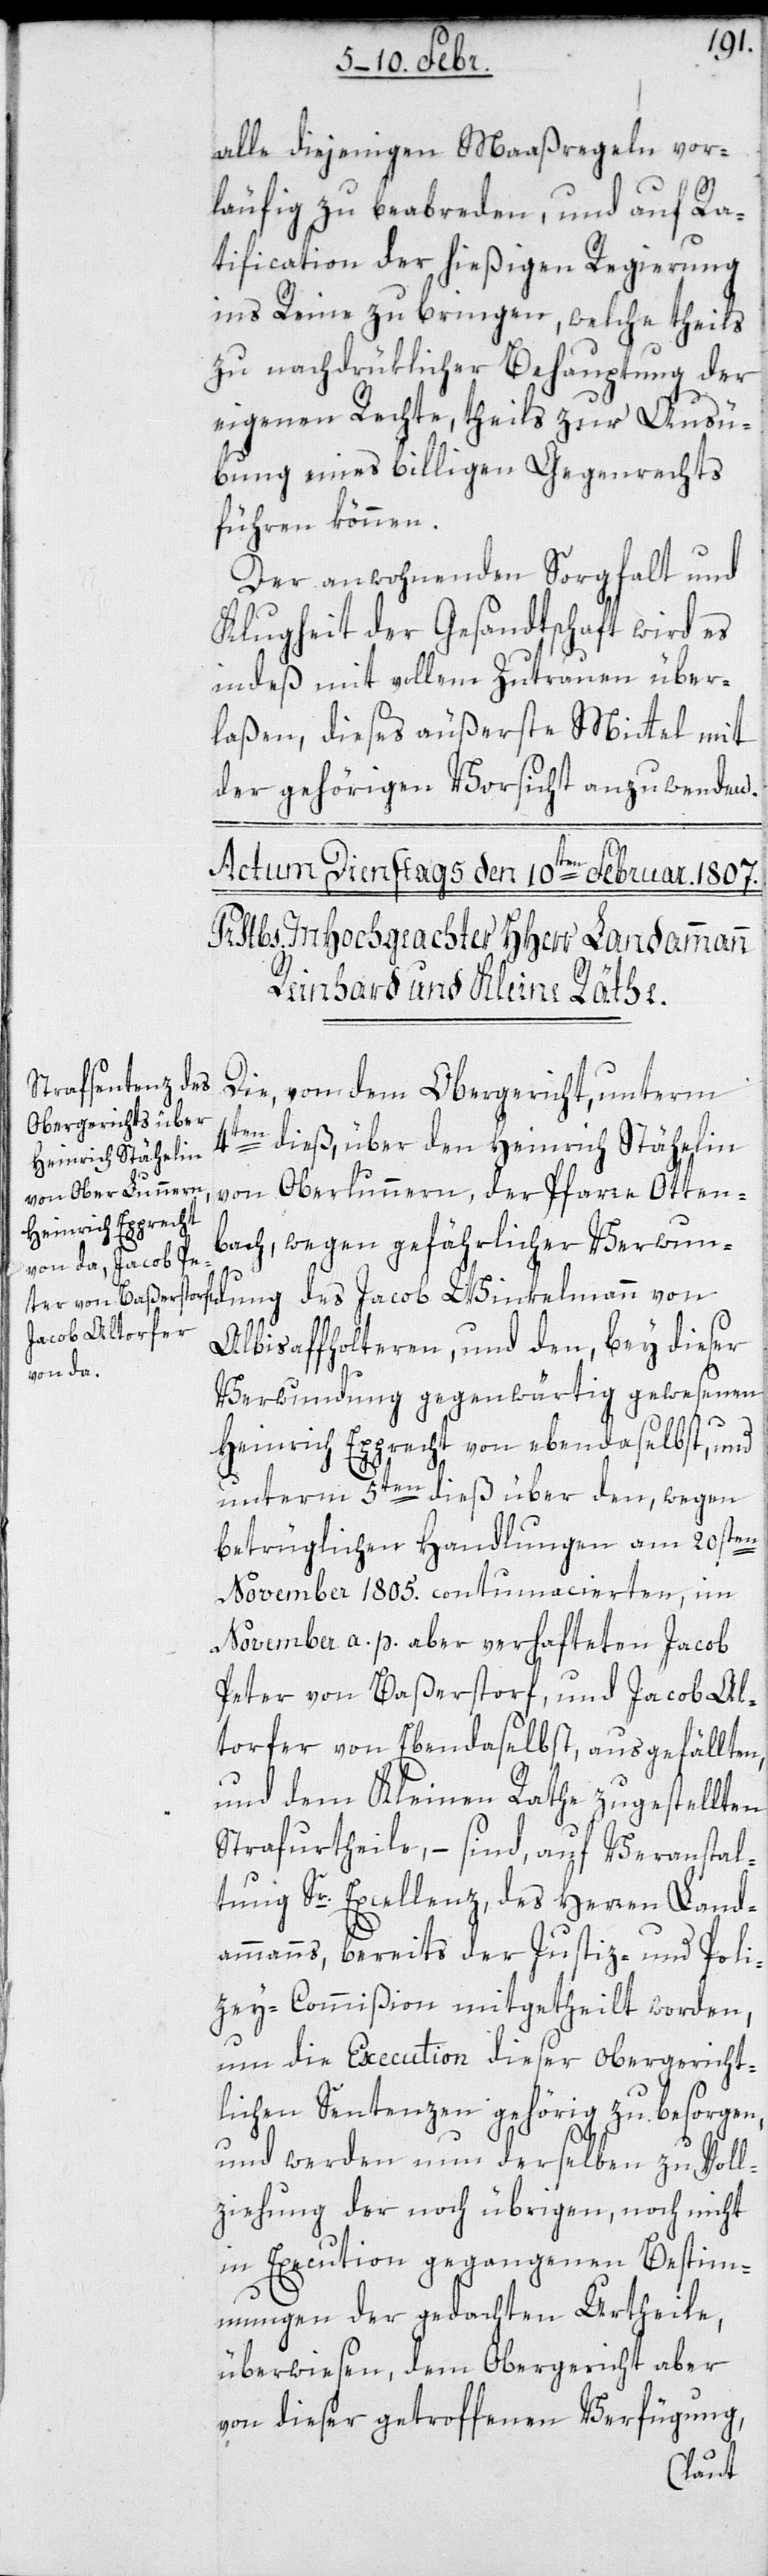
alle diejenigen Maaßregeln vor¬
läufig zu beabreden, und auf Ra¬
tification der hießigen Regierung
ins Reine zu bringen, welche theils
zu nachdrüklicher Behauptung der
eigenen Rechte, theils zur Ausü¬
bung eines billigen Gegenrechts
führen können.
Der anwohnenden Sorgfalt und
Klugheit der Gesandtschaft wird es
indes mit vollem Zutrauen über¬
laßen, dieses äußerste Mittel mit
der gehörigen Vorsicht anzuwenden.
Die von dem Obergericht unterm
4ten dieß, über den Heinrich Stähelin
von Oberlunnern, der Pfarre Otten¬
bach, wegen gefährlicher Verwun¬
dung des Jacob Winnkelmann von
Albisaffholteren, und den, bey dieser
Verwundung gegenwärtig gewesenen
Heinrich Epprecht von ebendaselbst; und
unterm 5ten dieß über den wegen
betrüglichen Handlungen am 20sten
November 1805 contumacierten, im
November a. p. aber verhafteten Jacob
Peter von Baßerstorf, und Jacob Al¬
torfer von Ebendaselbst, ausgefällten
und dem Kleinen Rathe zugestellten
Strafurtheile, – sind auf Veranstal¬
tung Sr. Excellenz, des Herren Land¬
ammanns, bereits der Justiz- und Poli¬
zey-Commißion mitgetheilt worden,
um die Execution dieser obergericht¬
lichen Sentenzen gehörig zu besorgen,
und werden nun derselben zu Voll¬
ziehung der noch übrigen, noch nicht
in Execution gegangenen Bestimm¬
ungen der gedachten Urtheile,
überwiesen, dem Obergericht aber
von dieser getroffenen Verfügung,